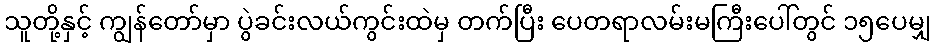
သူတို့နှင့် ကျွန်တော်မှာ ပွဲခင်းလယ်ကွင်းထဲမှ တက်ပြီး ပေတရာလမ်းမကြီးပေါ်တွင် ၁၅ပေမျှ